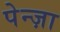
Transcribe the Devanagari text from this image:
पेन्ज़ा